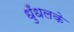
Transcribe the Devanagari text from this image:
धुँधलके